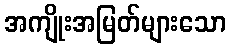
အကျိုးအမြတ်များသော